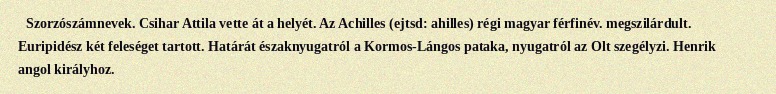
Szorzószámnevek. Csihar Attila vette át a helyét. Az Achilles (ejtsd: ahilles) régi magyar férfinév. megszilárdult. Euripidész két feleséget tartott. Határát északnyugatról a Kormos-Lángos pataka, nyugatról az Olt szegélyzi. Henrik angol királyhoz.